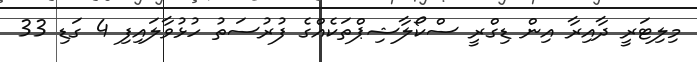
މިލިޓަރީ ދާއިރާ އިން ޑިގްރީ ސްކޯލާޝިޕްތަކެއްގެ ފުރުސަތު ހުޅުވާލައިފި 4 ގަޑި 33